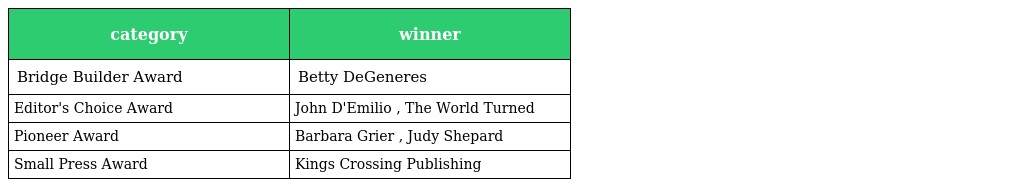
| category | winner |
 | --- | --- |
 | Bridge Builder Award | Betty DeGeneres |
 | Editor's Choice Award | John D'Emilio , The World Turned |
 | Pioneer Award | Barbara Grier , Judy Shepard |
 | Small Press Award | Kings Crossing Publishing |